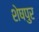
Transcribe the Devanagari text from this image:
शेषपुर